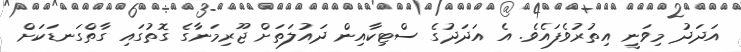
އަދަދު މިވަނީ އިތުރުވެފައެވެ. އެ އަދަދުގެ ސްޓިކާއިން ދައުލަތަށް ޖޫރިމަނާގެ ގޮތުގައި ގާތްގަނޑަކަށް